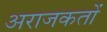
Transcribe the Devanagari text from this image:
अराजकतों